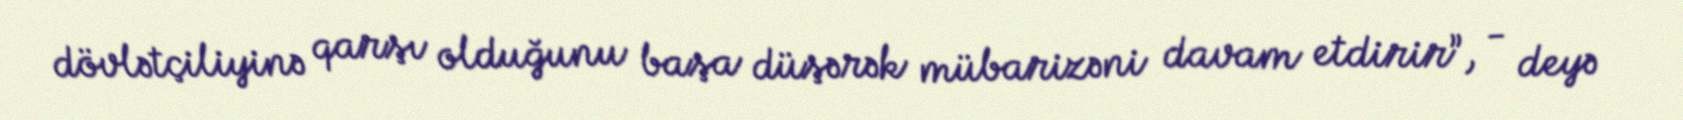
dövlətçiliyinə qarşı olduğunu başa düşərək mübarizəni davam etdirir”, - deyə